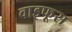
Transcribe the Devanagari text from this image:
वाइफूस